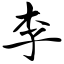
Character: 李